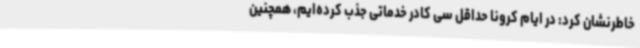
خاطرنشان کرد: در ایام کرونا حداقل سی کادر خدماتی جذب کرده‌ایم، همچنین